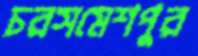
চরসমেশপুর